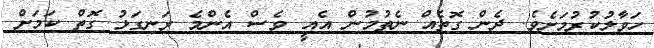
ހަވާލުކުރުމަށެވެ. ދެން ގޮތެއް ނެތުމުން އެއީ ވެސް އެންމެ ރަނގަޅު ގޮތް ކަމަށް